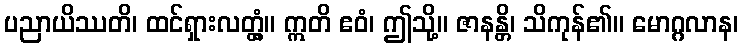
ပညာယိဿတိ၊ ထင်ရှားလတ္တံ့။ ဣတိ ဧဝံ၊ ဤသို့။ ဇာနန္တိ၊ သိကုန်၏။ မောဂ္ဂလာန၊